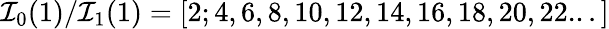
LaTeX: \mathcal{I}_{0}(1)/\mathcal{I}_{1}(1)=[2;4,6,8,10,12,14,16,18,20,22...]